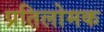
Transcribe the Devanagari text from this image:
प्रतिलोमक